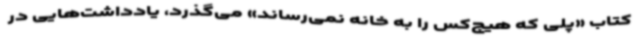
کتاب «پلی که هیچ‌کس را به خانه نمی‌رساند» می‌گذرد، یادداشت‌هایی در